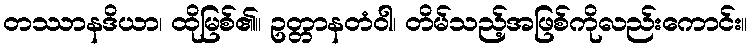
တဿာနဒိယာ၊ ထိုမြစ်၏။ ဥတ္တာနတံဝါ၊ တိမ်သည့်အဖြစ်ကိုလည်းကောင်း။